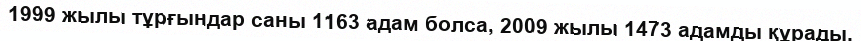
1999 жылы тұрғындар саны 1163 адам болса, 2009 жылы 1473 адамды құрады.